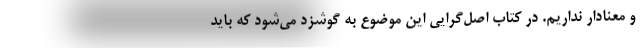
و معنادار نداریم. در کتاب اصل‌گرایی این موضوع به گوشزد می‌شود که باید